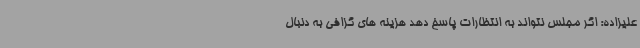
علیزاده: اگر مجلس نتواند به انتظارات پاسخ دهد هزینه های گزافی به دنبال